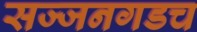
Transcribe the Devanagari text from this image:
सज्जनगडच